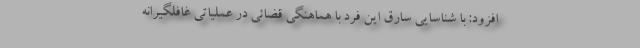
افزود: با شناسایی سارق این فرد با هماهنگی قضائی در عملیاتی غافلگیرانه